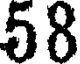
58